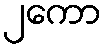
၂ကော